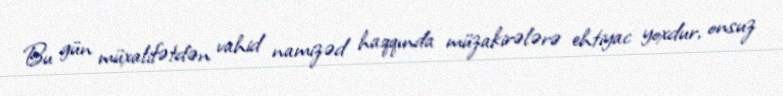
Bu gün müxalifətdən vahid namizəd haqqında müzakirələrə ehtiyac yoxdur, onsuz